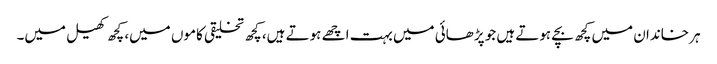
ہر خاندان میں کچھ بچے ہوتے ہیں جو پڑھائی میں بہت اچھے ہوتے ہیں، کچھ تخلیقی کاموں میں، کچھ کھیل میں۔